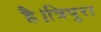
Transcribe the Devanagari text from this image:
है।त्रिपुरा